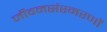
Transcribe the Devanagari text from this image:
जीवनसंस्मरणों